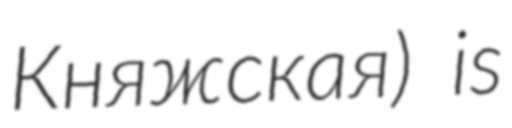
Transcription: Княжская) is